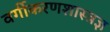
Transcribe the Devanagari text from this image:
वर्गीकरणशास्त्रज्ञ